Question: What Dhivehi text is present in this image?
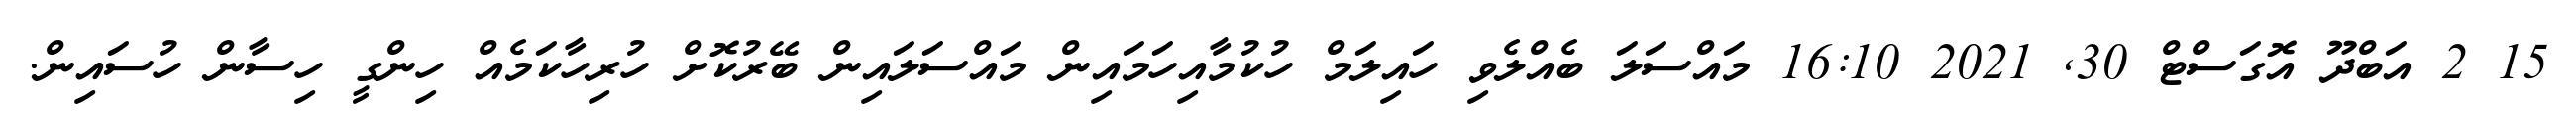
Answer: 15 2 އަބްދޫ އޮގަސްޓް 30, 2021 16:10 މައްސަލަ ބެއްލެވި ހައިލަމް ހުކުމާއިހަމައިން މައްސަލައިން ބޭރުކޮށް ހުރިހާކަމެއް ހިންގީ ހިސާން ހުސައިން.